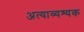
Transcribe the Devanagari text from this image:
अत्याव्यश्यक